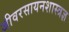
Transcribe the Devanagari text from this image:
जीवरसायनशास्त्रज्ञ